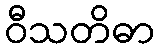
ဝီသတိဓာ